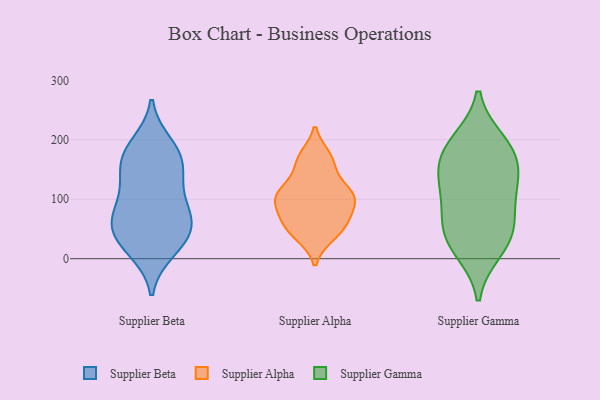
{"axis": {"x": "Net Income (USD K)", "y": "Value"}, "legend": ["Supplier Alpha", "Supplier Beta", "Supplier Gamma"], "data": [{"x": "", "y": 69, "type": "Supplier Beta"}, {"x": "", "y": 193, "type": "Supplier Beta"}, {"x": "", "y": 29, "type": "Supplier Beta"}, {"x": "", "y": 103, "type": "Supplier Beta"}, {"x": "", "y": 53, "type": "Supplier Beta"}, {"x": "", "y": 21, "type": "Supplier Beta"}, {"x": "", "y": 65, "type": "Supplier Beta"}, {"x": "", "y": 148, "type": "Supplier Beta"}, {"x": "", "y": 176, "type": "Supplier Beta"}, {"x": "", "y": 13, "type": "Supplier Beta"}, {"x": "", "y": 69, "type": "Supplier Beta"}, {"x": "", "y": 183, "type": "Supplier Beta"}, {"x": "", "y": 143, "type": "Supplier Beta"}, {"x": "", "y": 48, "type": "Supplier Beta"}, {"x": "", "y": 103, "type": "Supplier Beta"}, {"x": "", "y": 157, "type": "Supplier Beta"}, {"x": "", "y": 160, "type": "Supplier Alpha"}, {"x": "", "y": 58, "type": "Supplier Alpha"}, {"x": "", "y": 57, "type": "Supplier Alpha"}, {"x": "", "y": 42, "type": "Supplier Alpha"}, {"x": "", "y": 117, "type": "Supplier Alpha"}, {"x": "", "y": 91, "type": "Supplier Alpha"}, {"x": "", "y": 111, "type": "Supplier Alpha"}, {"x": "", "y": 113, "type": "Supplier Alpha"}, {"x": "", "y": 39, "type": "Supplier Alpha"}, {"x": "", "y": 70, "type": "Supplier Alpha"}, {"x": "", "y": 103, "type": "Supplier Alpha"}, {"x": "", "y": 167, "type": "Supplier Alpha"}, {"x": "", "y": 109, "type": "Supplier Alpha"}, {"x": "", "y": 171, "type": "Supplier Alpha"}, {"x": "", "y": 86, "type": "Supplier Alpha"}, {"x": "", "y": 180, "type": "Supplier Gamma"}, {"x": "", "y": 134, "type": "Supplier Gamma"}, {"x": "", "y": 47, "type": "Supplier Gamma"}, {"x": "", "y": 184, "type": "Supplier Gamma"}, {"x": "", "y": 196, "type": "Supplier Gamma"}, {"x": "", "y": 91, "type": "Supplier Gamma"}, {"x": "", "y": 58, "type": "Supplier Gamma"}, {"x": "", "y": 146, "type": "Supplier Gamma"}, {"x": "", "y": 15, "type": "Supplier Gamma"}, {"x": "", "y": 121, "type": "Supplier Gamma"}, {"x": "", "y": 30, "type": "Supplier Gamma"}]}